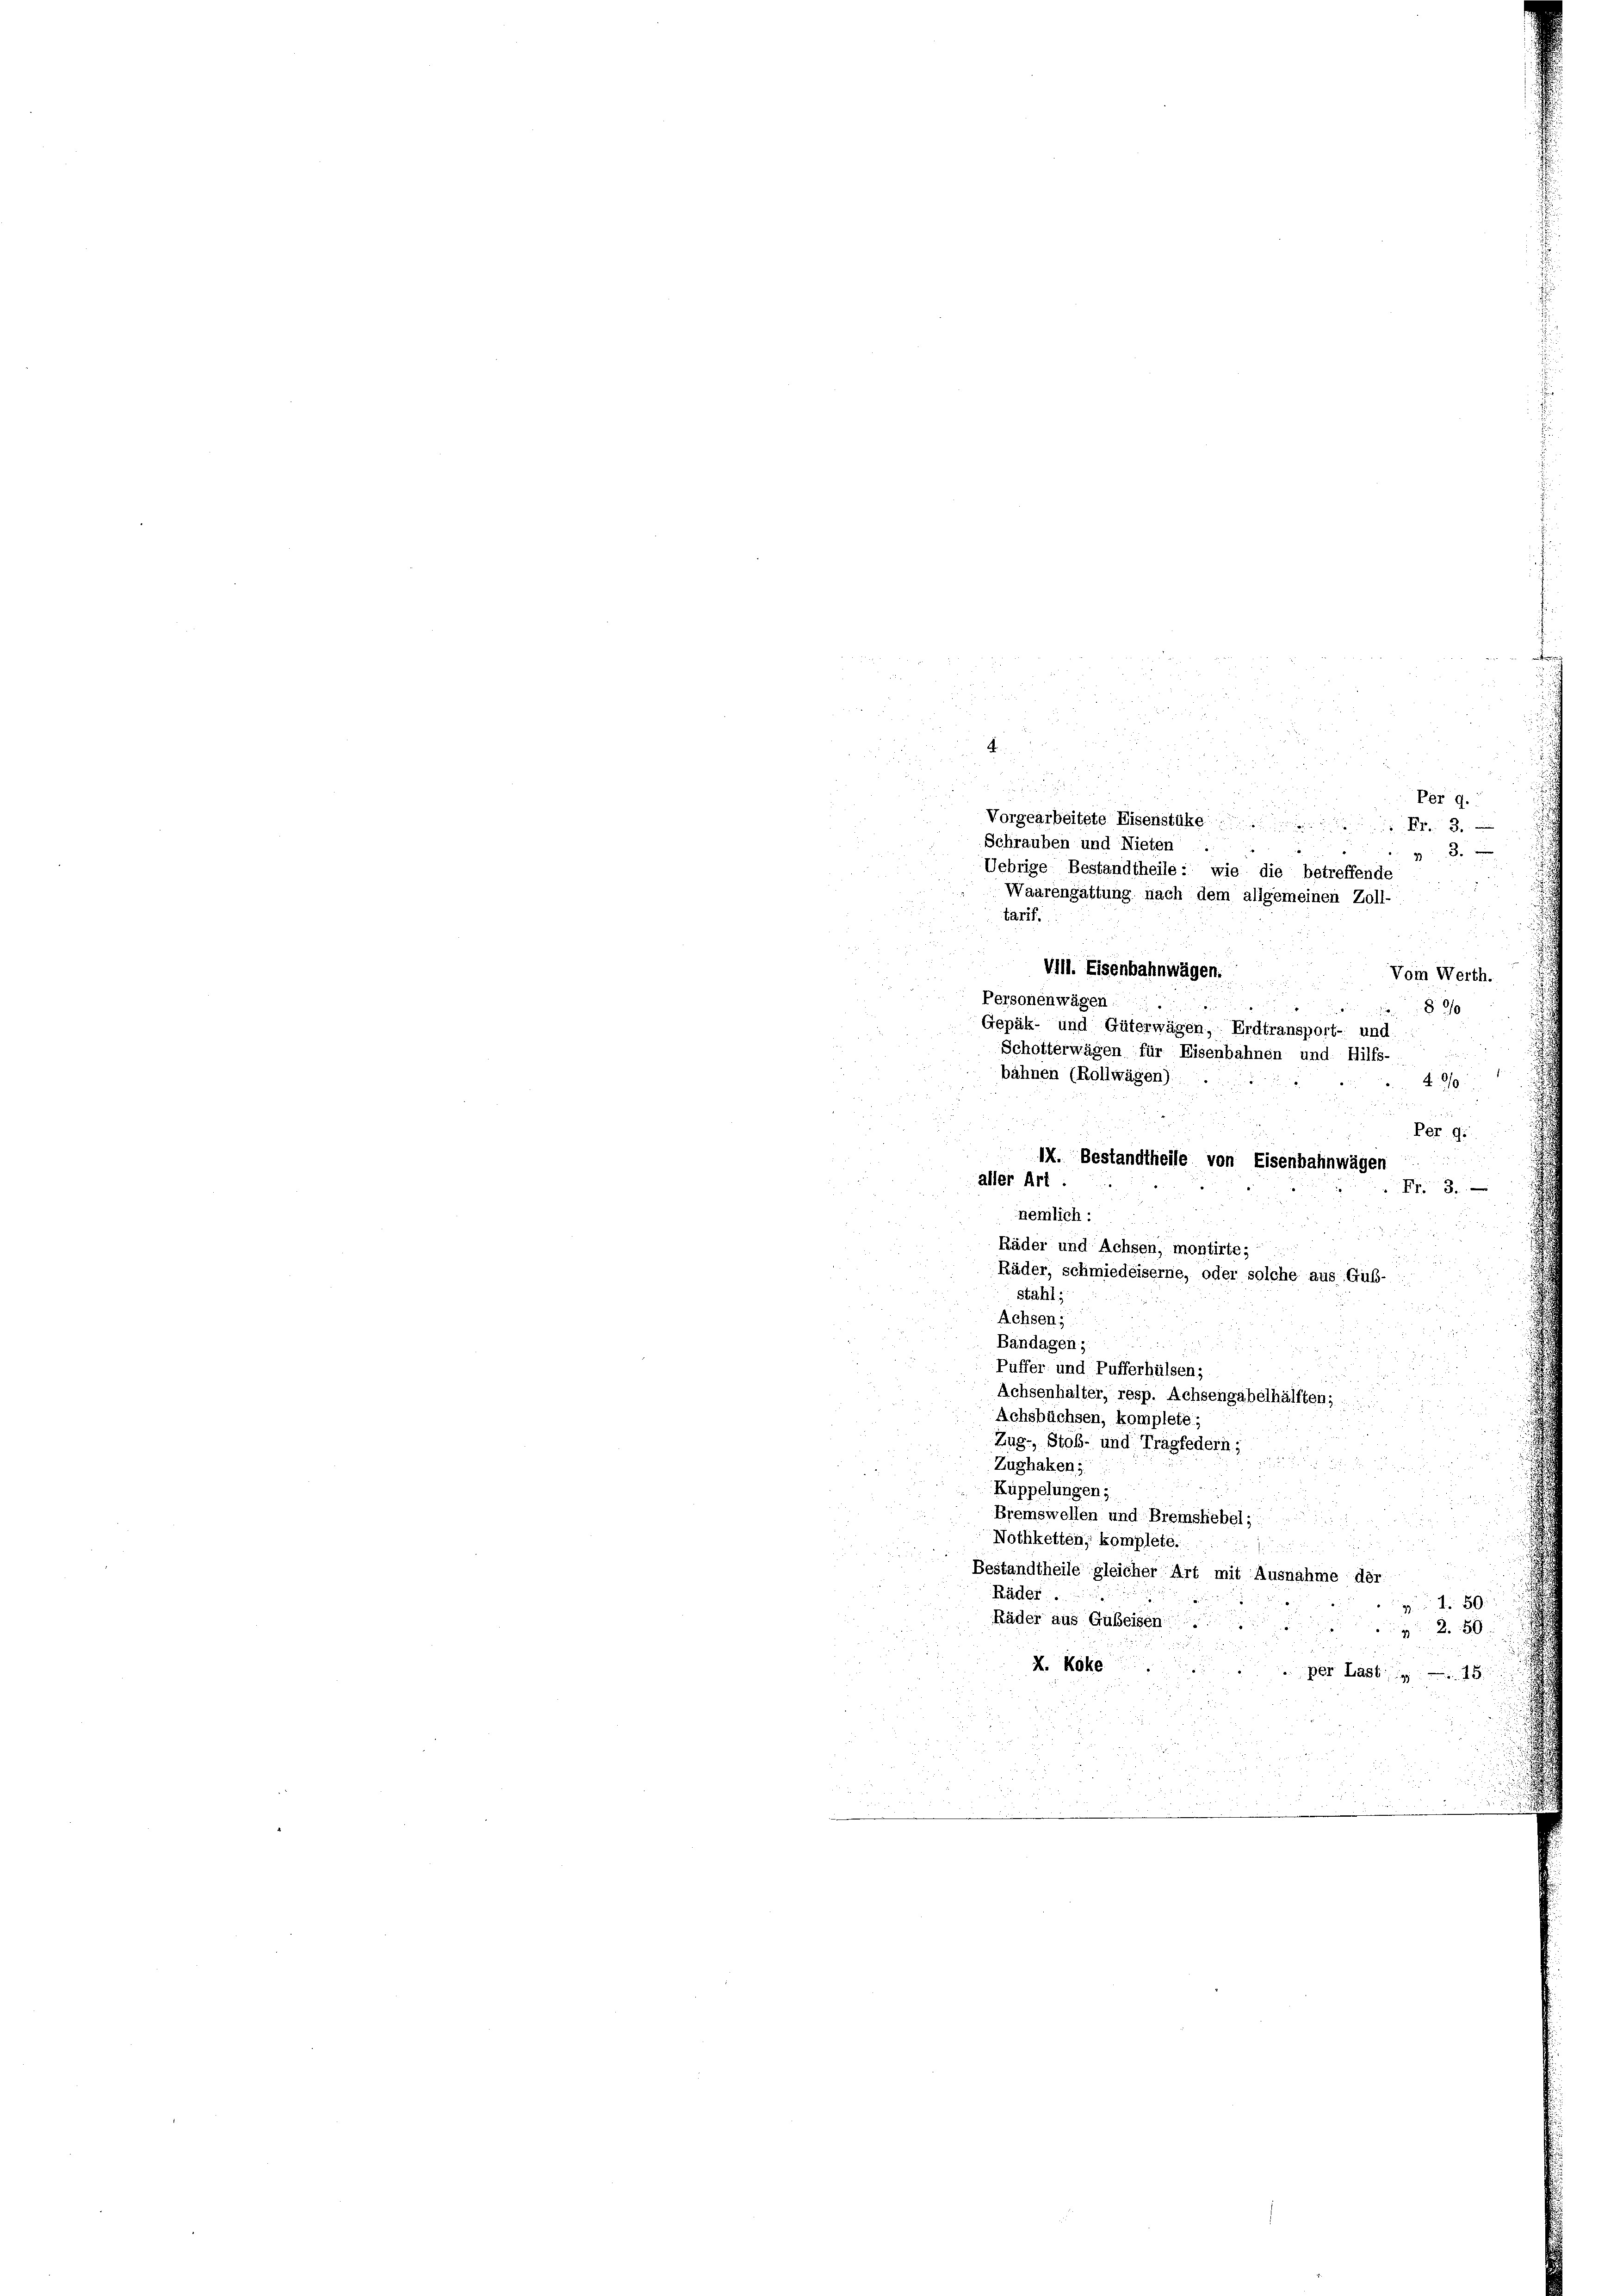
2
x 8
 55
u
F
3
Prg.
98
Uebrige Bestandtheile: wie die betreffende
Waarengattung nach dem allgemeinen Zoll-
tarif.
r 85 00
Vill. Eisenbahnwägen.
Vom Werth.
Personenwägen.

890
Gepäk- und Güterwägen, Erdtransport- und
.
Schotterwägen für Eisenbahnen und: Hilfs-
bähnen (Rollwagen)
49/0
n
Per. 95.
IX. Bestandtheile von Eisenbahnwägen
aller Art.
Fr. 3.
nemlich:
Räder und Achsen, montirte;
Räder, schmiedeiserne, oder solche aus Gub-
stahl,
Achsen
Bändagen,
Püffer und Pufferhülsen;
Achsenhalter, resp. Achsengabelhälften;
Achsbüchsen, komplete;
Zug- Stob- und Tragfedern;

u
Vorgearbeitete Eisenstüke Fr. 3.
Schrauben und Nieten ..

Zughaken;
.
Kuppelungen;
Eremswellen und Bremshebel;
Nothketten; komplete.
Bestandtheile gleicher Art mit Ausnahme der
Räder ..
50
Räder aus Gubeisen.
250
X. Roke
per Last 18